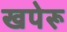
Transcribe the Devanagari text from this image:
खपेरू